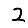
Digit: 2